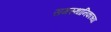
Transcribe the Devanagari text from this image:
समस्थानिकाच्या